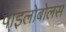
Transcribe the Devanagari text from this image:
पाइलोबोलस